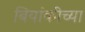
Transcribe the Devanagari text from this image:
बियांकीच्या